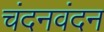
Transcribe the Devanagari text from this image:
चंदनवंदन